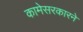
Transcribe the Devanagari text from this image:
कामेसरकारने